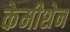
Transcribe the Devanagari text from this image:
केमीशेन